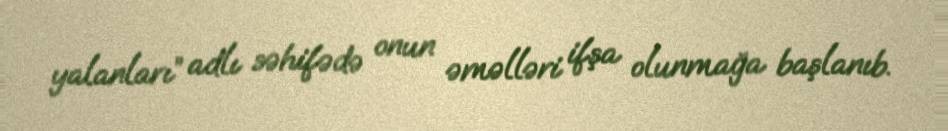
yalanları” adlı səhifədə onun əməlləri ifşa olunmağa başlanıb.